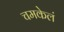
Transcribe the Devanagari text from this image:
चमकेलं